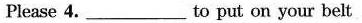
Please 4.____to put on your belt